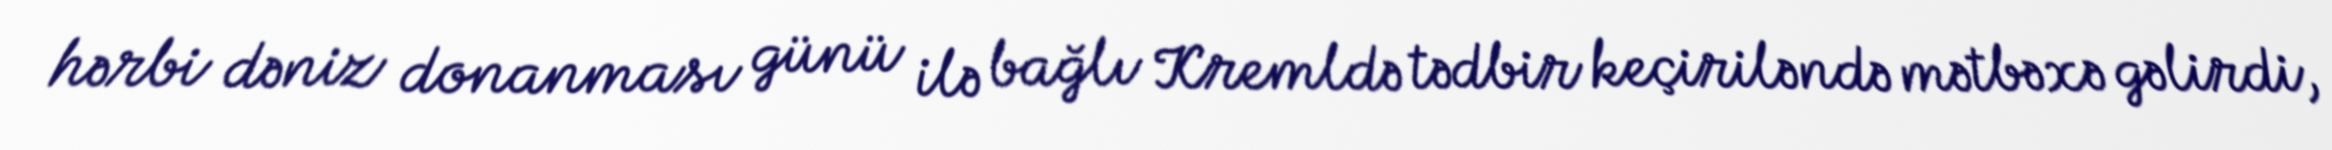
hərbi dəniz donanması günü ilə bağlı Kremldə tədbir keçiriləndə mətbəxə gəlirdi,